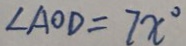
\angle A O D = 7 x ^ { \circ }